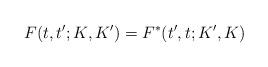
LaTeX: \begin{align*}F(t,t^{\prime };K,K^{\prime })=F^{\ast }(t^{\prime },t;K^{\prime },K)\end{align*}